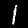
Digit: 1